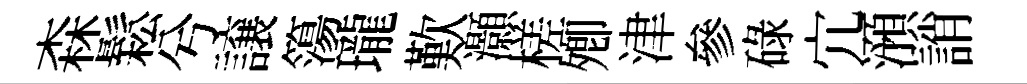
森鬆兮譲簜瓏歎灝槎𡖖津參碌宂澦誚